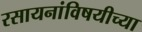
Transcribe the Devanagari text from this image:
रसायनांविषयीच्या